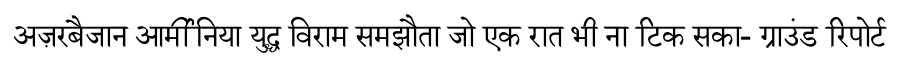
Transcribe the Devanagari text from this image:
अज़रबैजान आर्मीनिया युद्ध विराम समझौता जो एक रात भी ना टिक सका- ग्राउंड रिपोर्ट